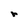
Character: r